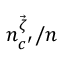
n _ { c ^ { \prime } } ^ { \vec { \zeta } } / n